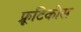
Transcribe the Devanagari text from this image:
फ्रूटिकोस